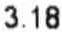
3.18